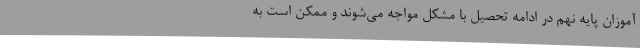
آموزان پایه نهم در ادامه تحصیل با مشکل مواجه می‌شوند و ممکن است به